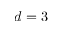
d = 3